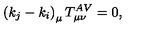
\left( k _ { j } - k _ { i } \right) _ { \mu } T _ { \mu \nu } ^ { A V } = 0 ,